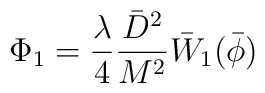
\Phi_1=\frac{\lambda}{4}\frac{\bar{D}^2}{M^2}\bar{W}_1(\bar{\phi})